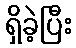
ရှိခဲ့ပြီး